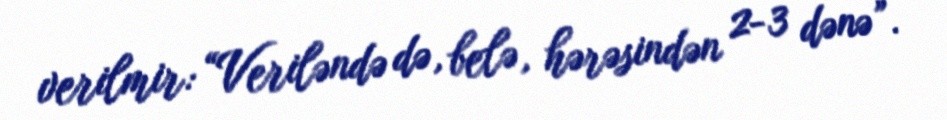
verilmir: “Veriləndə də, belə, hərəsindən 2-3 dənə”.